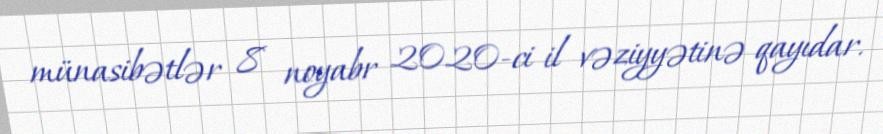
münasibətlər 8 noyabr 2020-ci il vəziyyətinə qayıdar.